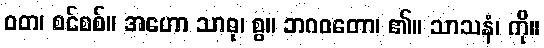
ဝတ၊ စင်စစ်။ အဟော သာဓု၊ စွ။ ဘဂဝတော၊ ၏။ သာသနံ၊ ကို။